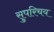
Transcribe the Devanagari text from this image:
सुपरिचय